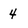
Character: 4